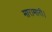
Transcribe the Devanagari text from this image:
मारामारी।